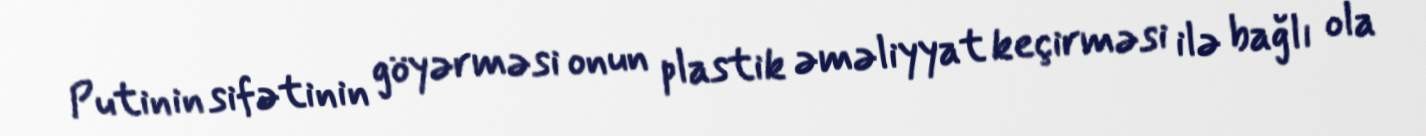
Putinin sifətinin göyərməsi onun plastik əməliyyat keçirməsi ilə bağlı ola